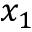
x _ { 1 }